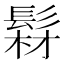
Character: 𩭘